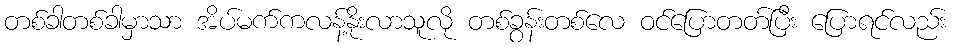
တစ်ခါတစ်ခါမှာသာ အိပ်မက်ကလန့်နိုးလာသူလို တစ်ခွန်းတစ်လေ ဝင်ပြောတတ်ပြီး ပြောရင်လည်း